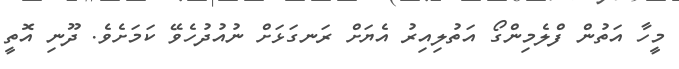
މީހާ އަތުން ފްލެމިންގޯ އަތުލިއިރު އެޔަށް ރަނގަޅަށް ނުއުދުހެވޭ ކަމަށެވެ. ދޫނި އޮތީ